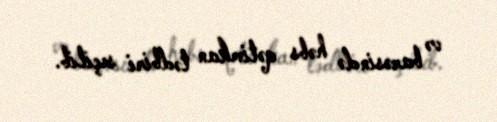
və barəsində həbs qətimkan tədbiri seçilib.